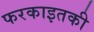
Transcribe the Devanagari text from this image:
फरकाइतकी